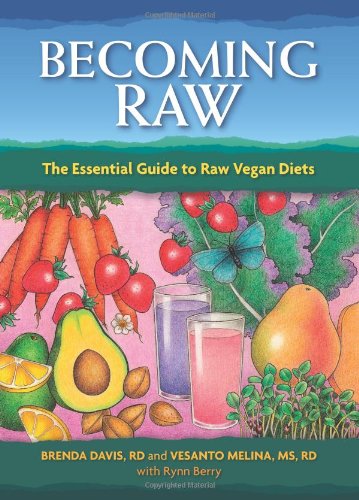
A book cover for Becoming Raw: The Essential Guide to Raw Vegan Diets; Brenda Davis; Cookbooks, Food & Wine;